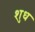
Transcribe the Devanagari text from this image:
शुध